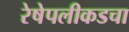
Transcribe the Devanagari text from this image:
रेषेपलीकडचा